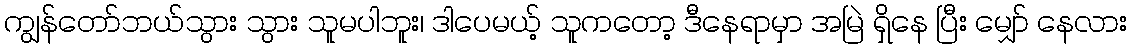
ကျွန်တော်ဘယ်သွား သွား သူမပါဘူး၊ ဒါပေမယ့် သူကတော့ ဒီနေရာမှာ အမြဲ ရှိနေ ပြီး မျှော် နေလား